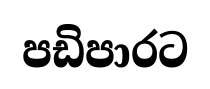
පඩිපාරට